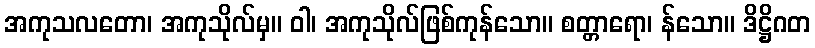
အကုသလတော၊ အကုသိုလ်မှ။ ဝါ၊ အကုသိုလ်ဖြစ်ကုန်သော။ စတ္တာရော၊ န်သော။ ဒိဋ္ဌိဂတ